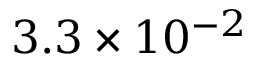
3 . 3 \times 1 0 ^ { - 2 }